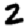
Digit: 2